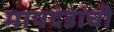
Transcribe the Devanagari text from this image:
मापदंडांची